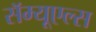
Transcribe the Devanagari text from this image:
सॅम्यूएल्स